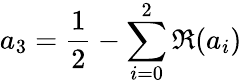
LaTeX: a_{3}=\frac{1}{2}-\sum_{i=0}^{2}\Re(a_{i})